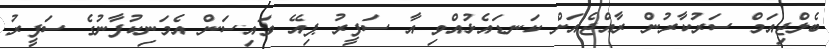
ބެލްޖިއަމް ސަރުކާރުން ރާއްޖެއަށް ކަނޑައެޅުއްވި އާ ސަފީރު ޕިއޭ ވައިސަން އެމަނިކުފާނުގެ ސަފީރު